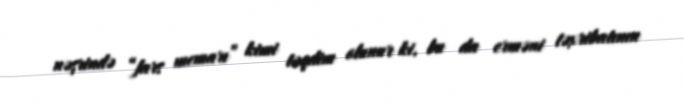
nəşrində “fars memarı” kimi təqdim olunur ki, bu da erməni təxribatının